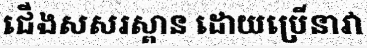
ជើងសសរស្ពាន ដោយប្រើនាវា